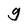
Character: g